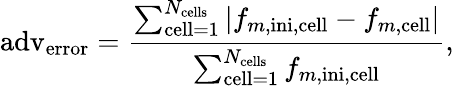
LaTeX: \mathrm{adv}_{\mathrm{error}}=\frac{\sum_{\mathrm{cell}=1}^{N_{\mathrm{cells}}}|f_{m,\mathrm{ini},\mathrm{cell}}-f_{m,\mathrm{cell}}|}{\sum_{\mathrm{cell}=1}^{N_{\mathrm{cells}}}f_{m,\mathrm{ini},\mathrm{cell}}}\mathrm{,}